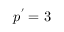
\boldsymbol { p ^ { \prime } = 3 }